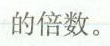
的倍数。